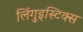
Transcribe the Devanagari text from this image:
लिंगुइस्टिक्स